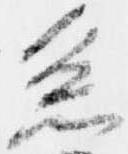
系